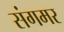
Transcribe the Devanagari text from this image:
संगमर